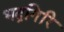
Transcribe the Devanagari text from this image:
भद्रगिरि